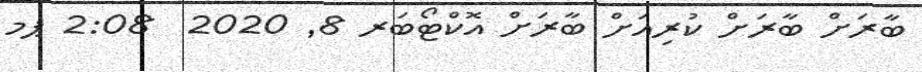
ބާރަށް ބާރަށް ކުރިއަށް ބާރަށް އޮކްޓޯބަރ 8